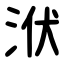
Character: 洑